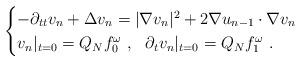
LaTeX: \begin{align*}\begin{cases} -\partial_{tt} v_n + \Delta v_n = |\nabla v_n|^2 + 2 \nabla u_{n-1} \cdot \nabla v_n \\ v_n|_{t=0} = Q_{N} f_0^\omega~,~ ~ \partial_t v_n |_{t=0} = Q_{N} f_1^\omega ~.\end{cases}\end{align*}